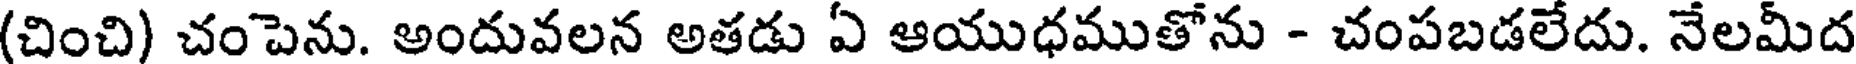
(చించి) చంపెను. అందువలన అతడు ఏ ఆయుధముతోను - చంపబడలేదు. నేలమీద